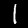
Digit: 1